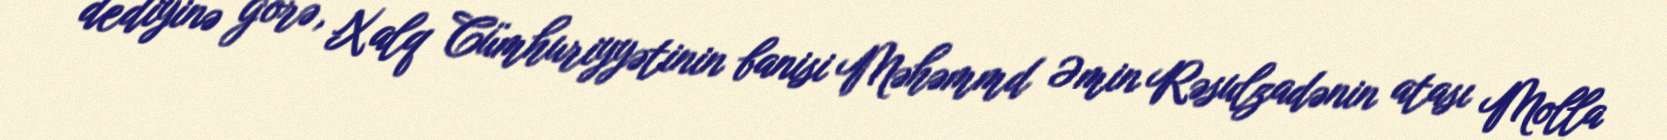
dediyinə görə, Xalq Cümhuriyyətinin banisi Məhəmmd Əmin Rəsulzadənin atası Molla